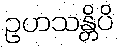
ဥဟသန္တိပိ